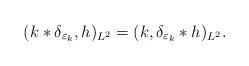
LaTeX: \begin{align*} (k*\delta_{\varepsilon_k},h)_{L^2}=(k,\delta_{\varepsilon_k}*h )_{L^2}. \end{align*}